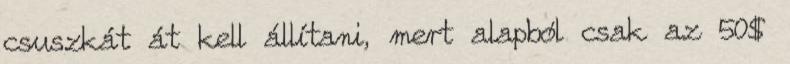
csuszkát át kell állítani, mert alapból csak az 50$